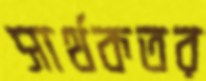
সার্থকতর